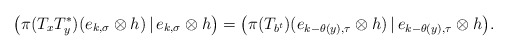
\begin{align*}\big(\pi(T_xT_y^*)(e_{k,\sigma}\otimes h)\,|\,e_{k,\sigma}\otimes h\big)=\big(\pi(T_{b^t})(e_{k-\theta(y),\tau}\otimes h)\,|\,e_{k-\theta(y),\tau}\otimes h\big).\end{align*}